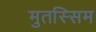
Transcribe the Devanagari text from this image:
मुतस्सिम